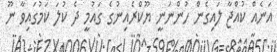
އަނެއް ކުއްޖާ ލައިގެން ހުންނަނީ ޔޫކްރެއިނުގެ ގައުމީ ދެ ކުލަ ކަމުގައިވާ ނޫ